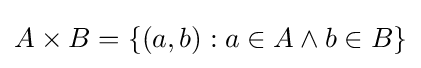
A\times B=\left\{\left(a,b\right):a\in A\wedge b\in B\right\}